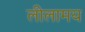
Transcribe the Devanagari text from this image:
लीलामय